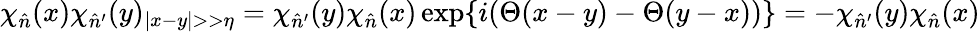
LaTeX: \chi_{\hat{n}}(x)\chi_{\hat{n}^{\prime}}(y)_{|x-y|>>\eta}=\chi_{\hat{n}^{\prime}}(y)\chi_{\hat{n}}(x)\exp\{ i(\Theta(x-y)-\Theta(y-x))\} =-\chi_{\hat{n}^{\prime}}(y)\chi_{\hat{n}}(x)